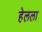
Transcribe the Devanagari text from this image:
हेलला